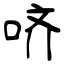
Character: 哜